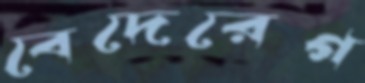
বেদেরেগ